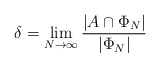
\begin{align*}\delta=\lim_{N \to \infty} \dfrac{|A \cap \Phi_N|}{|\Phi_N|}\end{align*}